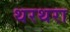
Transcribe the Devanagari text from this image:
थरथरा